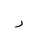
Letter: _ra